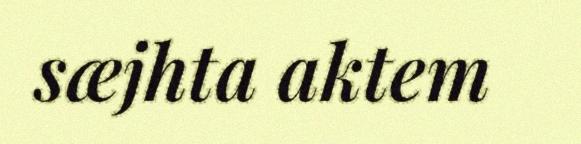
sæjhta aktem